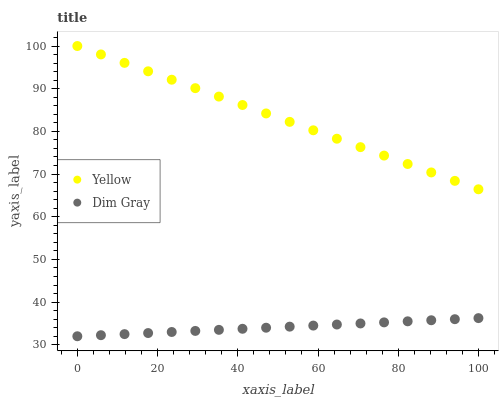
| xaxis_label | Yellow | Dim Gray |
 | --- | --- | --- |
 | 0 | 100 | 32 |
 | 5.88 | 98 | 32.2 |
 | 11.8 | 96.1 | 32.5 |
 | 17.6 | 94.1 | 32.7 |
 | 23.5 | 92.1 | 33 |
 | 29.4 | 90.1 | 33.2 |
 | 35.3 | 88.2 | 33.5 |
 | 41.2 | 86.2 | 33.7 |
 | 47.1 | 84.2 | 34 |
 | 52.9 | 82.2 | 34.2 |
 | 58.8 | 80.3 | 34.5 |
 | 64.7 | 78.3 | 34.7 |
 | 70.6 | 76.3 | 35 |
 | 76.5 | 74.3 | 35.2 |
 | 82.4 | 72.4 | 35.5 |
 | 88.2 | 70.4 | 35.7 |
 | 94.1 | 68.4 | 36 |
 | 100 | 66.4 | 36.2 |